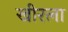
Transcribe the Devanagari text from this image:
खीरला